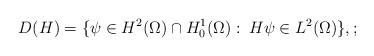
LaTeX: \begin{align*} D(H) = \{\psi\in H^2(\Omega) \cap H^1_0(\Omega):\: H\psi\in L^2(\Omega)\},;\end{align*}